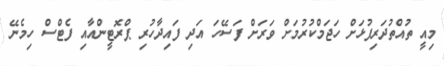
މިއީ ތުއްތުދަރިފުޅަށް ހަޖަމްކުރުމަށް ވަރަށް ފަސޭހަ އަދި ފައިދާހުރި ޕްރޮޓީންއާއި ފެޓްސް ހިމެނޭ